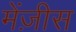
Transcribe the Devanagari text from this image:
मेंज़ीस